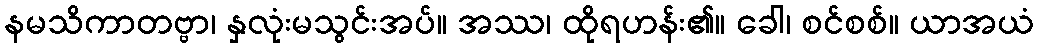
နမသိကာတဗ္ဗာ၊ နှလုံးမသွင်းအပ်။ အဿ၊ ထိုရဟန်း၏။ ခေါ၊ စင်စစ်။ ယာအယံ